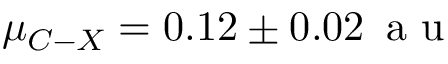
\ensuremath { \mu } _ { C - X } = 0 . 1 2 \pm 0 . 0 2 \, \mathrm { ~ a ~ u ~ }